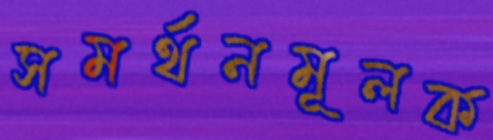
সমর্থনমূলক